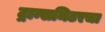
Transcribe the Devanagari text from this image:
ट्रान्समिटरचा